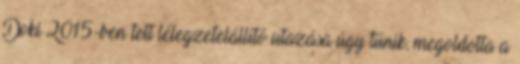
Doki 2015-ben tett lélegzetelállító utazása úgy tűnik, megoldotta a